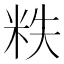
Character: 𰪵